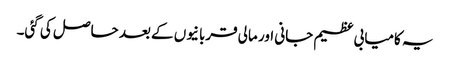
یہ کامیابی عظیم جانی اور مالی قربانیوں کے بعد حاصل کی گئی۔